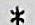
*